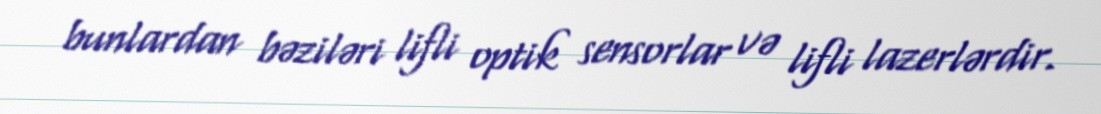
bunlardan bəziləri lifli optik sensorlar və lifli lazerlərdir.